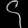
Digit: ၄